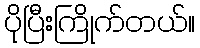
ပိုပြီးကြိုက်တယ်။